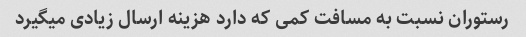
رستوران نسبت به مسافت کمی که دارد هزینه ارسال زیادی میگیرد